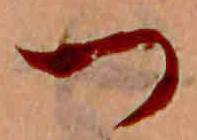
つ